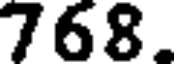
768.